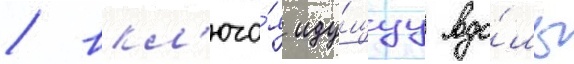
/ вкл'юча́я иду́щуу вдо́ль